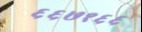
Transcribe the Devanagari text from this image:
६६७१६६